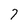
Character: 7